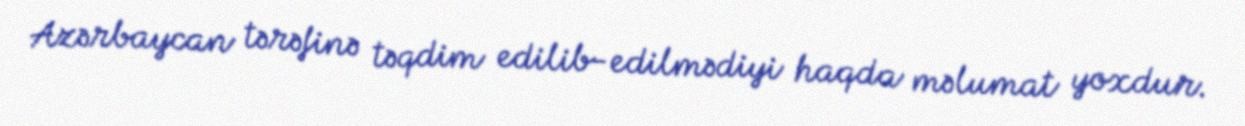
Azərbaycan tərəfinə təqdim edilib-edilmədiyi haqda məlumat yoxdur.